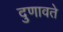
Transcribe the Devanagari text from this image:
दुणावते